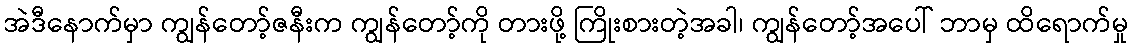
အဲဒီနောက်မှာ ကျွန်တော့်ဇနီးက ကျွန်တော့်ကို တားဖို့ ကြိုးစားတဲ့အခါ၊ ကျွန်တော့်အပေါ် ဘာမှ ထိရောက်မှု